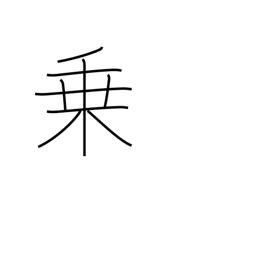
Meaning: power